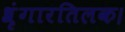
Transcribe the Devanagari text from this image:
श्रृंगारतिलक।